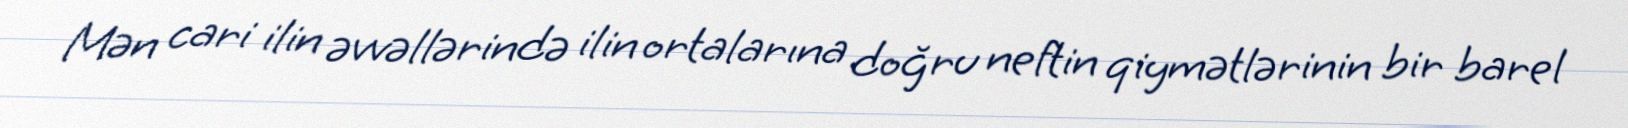
Mən cari ilin əvvəllərində ilin ortalarına doğru neftin qiymətlərinin bir barel